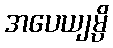
အပေယျမ္ပိ